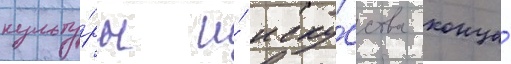
культу́ры и́ иску́сства конца́